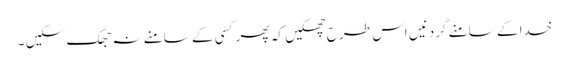
خدا کے سامنے گردنیں اس طرح جھکیں کہ پھر کسی کے سامنے نہ جھک سکیں ۔